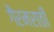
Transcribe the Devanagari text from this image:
गैरमराठी